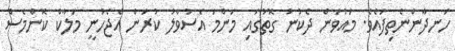
ހަނދާންނެތިފައެވެ. މައުވަން ދެކުނު ގޮތުގައި މަންމަ އެސުވާލު ކުރަން އެޖެހުނީ މަލާކް ކޮންމެސް